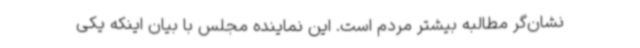
نشان‌گر مطالبه بیشتر مردم است. این نماینده مجلس با بیان اینکه یکی